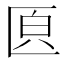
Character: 𠥁